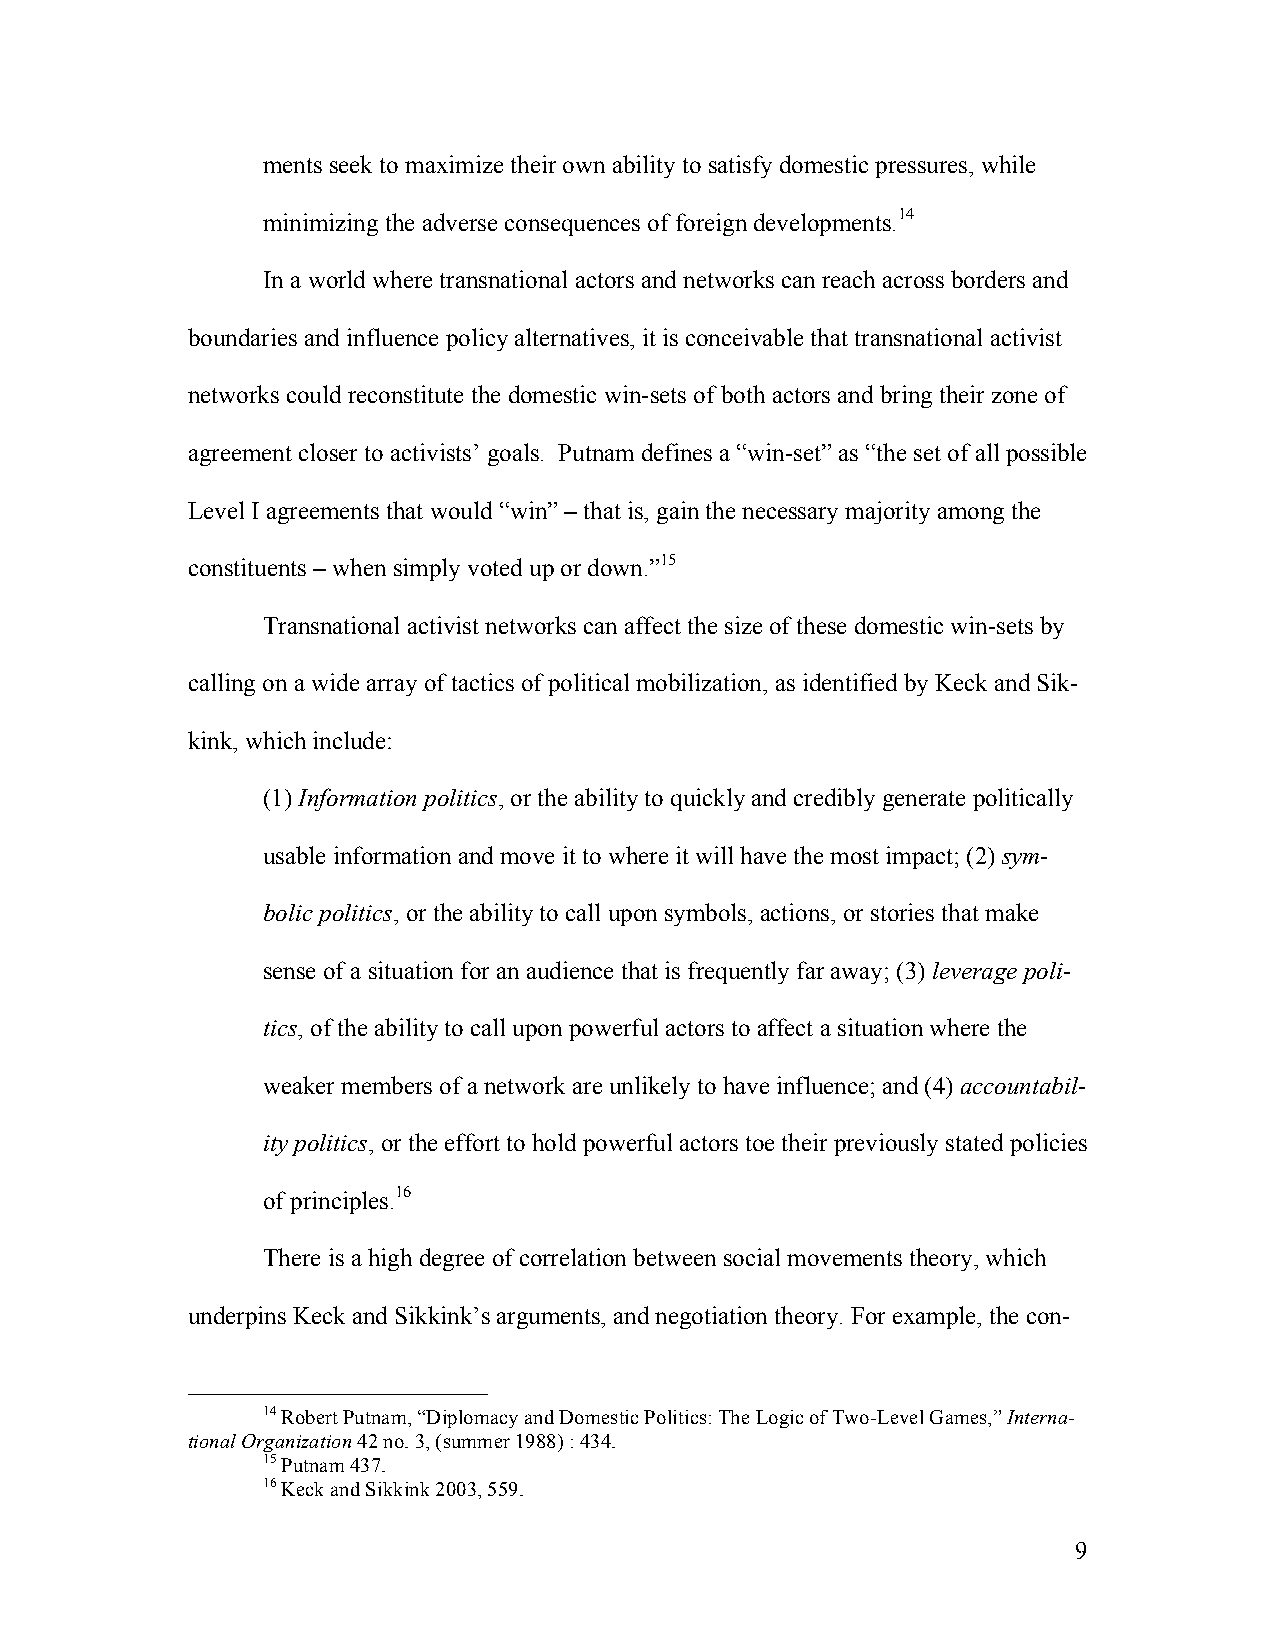
ments seek to maximize their own ability to satisfy domestic pressures, while
 minimizing the adverse consequences of foreign developments.14
 In a world where transnational actors and networks can reach across borders and
 boundaries and influence policy alternatives, it is conceivable that transnational activist
 networks could reconstitute the domestic win-sets of both actors and bring their zone of
 agreement closer to activists’ goals. Putnam defines a “win-set” as “the set of all possible
 Level I agreements that would “win” – that is, gain the necessary majority among the
 constituents – when simply voted up or down.”15
 Transnational activist networks can affect the size of these domestic win-sets by
 calling on a wide array of tactics of political mobilization, as identified by Keck and Sik-
 kink, which include:
 (1) Information politics, or the ability to quickly and credibly generate politically
 usable information and move it to where it will have the most impact; (2) sym-
 bolic politics, or the ability to call upon symbols, actions, or stories that make
 sense of a situation for an audience that is frequently far away; (3) leverage poli-
 tics, of the ability to call upon powerful actors to affect a situation where the
 weaker members of a network are unlikely to have influence; and (4) accountabil-
 ity politics, or the effort to hold powerful actors toe their previously stated policies
 of principles.16
 There is a high degree of correlation between social movements theory, which
 underpins Keck and Sikkink’s arguments, and negotiation theory. For example, the con-
 14 Robert Putnam, “Diplomacy and Domestic Politics: The Logic of Two-Level Games,” Interna-
 tional Organization 42 no. 3, (summer 1988) : 434.
 15 Putnam 437.
 16 Keck and Sikkink 2003, 559.
 9